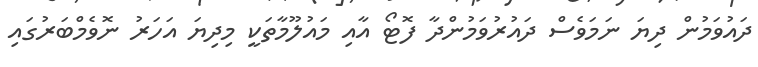
ދައުވަމުން ދިޔަ ނަމަވެސް ދައުރުވަމުންދާ ފޮޓޯ އާއި މައުލޫމާތަކީ މިދިޔަ އަހަރު ނޮވެމްބަރުގައި